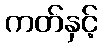
ကတ်နှင့်